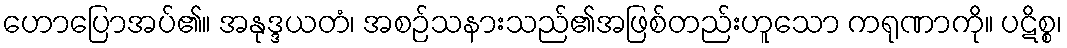
ဟောပြောအပ်၏။ အနုဒ္ဒယတံ၊ အစဉ်သနားသည်၏အဖြစ်တည်းဟူသော ကရုဏာကို။ ပဋိစ္စ၊